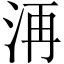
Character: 洅